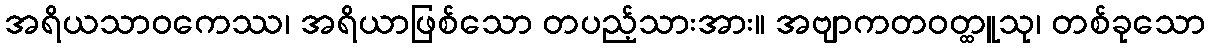
အရိယသာဝကေဿ၊ အရိယာဖြစ်သော တပည့်သားအား။ အဗျာကတဝတ္ထူသု၊ တစ်ခုသော